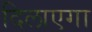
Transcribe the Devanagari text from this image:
दिलाएगा